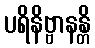
ပရိနိဗ္ဗာနန္တိ